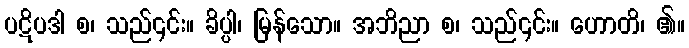
ပဋိပဒါ စ၊ သည်၎င်း။ ခိပ္ပါ၊ မြန်သော။ အဘိညာ စ၊ သည်၎င်း။ ဟောတိ၊ ၏။